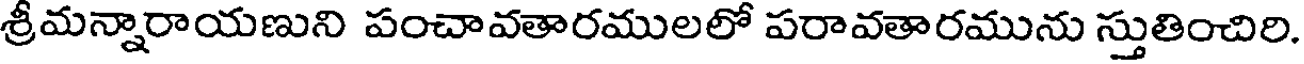
శ్రీమన్నారాయణుని పంచావతారములలో పరావతారమును స్తుతించిరి.